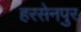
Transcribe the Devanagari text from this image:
हरसेनपुर